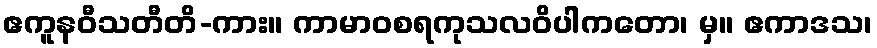
ဧကူနဝီသတီတိ-ကား။ ကာမာဝစရကုသလဝိပါကတော၊ မှ။ ဧကာဒသ၊